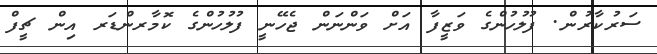
ސަރުކާރުން. ފުލުހުންގެ ވަޒީފާ އަށް ވަންނަން ޖެހޭނީ ފުލުހުންގެ ކޮމާރންޑަރ އިން ޗީފް